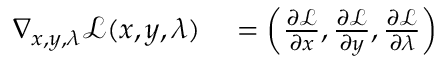
\begin{array} { r l } { \nabla _ { x , y , \lambda } { \mathcal { L } } ( x , y , \lambda ) } & { { } = \left( { \frac { \partial { \mathcal { L } } } { \partial x } } , { \frac { \partial { \mathcal { L } } } { \partial y } } , { \frac { \partial { \mathcal { L } } } { \partial \lambda } } \right) } \end{array}